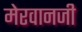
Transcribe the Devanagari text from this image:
मेरवानजी